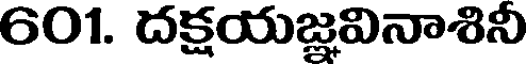
601. దక్షయజ్ఞవినాశినీ